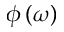
\phi \left( \omega \right)